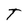
Character: T